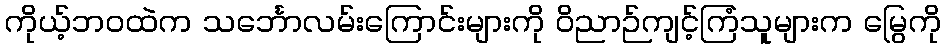
ကိုယ့်ဘဝထဲက သင်္ဘောလမ်းကြောင်းများကို ဝိညာဉ်ကျင့်ကြံသူများက မြွေကို